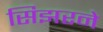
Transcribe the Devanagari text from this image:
सिझरने